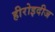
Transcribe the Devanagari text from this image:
हीरोइदीज